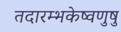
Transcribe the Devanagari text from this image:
तदारम्भकेष्वणुषु